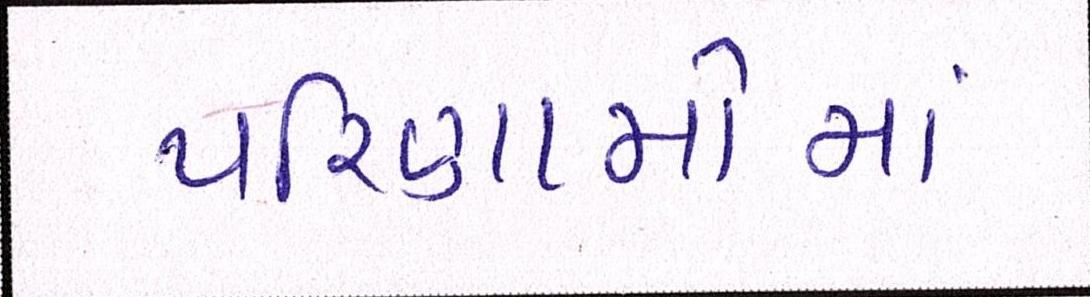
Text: પરિણામોમાં